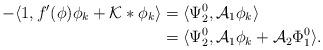
LaTeX: \begin{align*}-\langle1,f'(\phi)\phi_{k} + \mathcal{K}*\phi_{k} \rangle &= \langle\Psi_{2}^{0},\mathcal{A}_{1}\phi_{k}\rangle\\&= \langle\Psi_{2}^{0},\mathcal{A}_{1}\phi_{k} + \mathcal{A}_{2}\Phi_{1}^{0}\rangle.\end{align*}